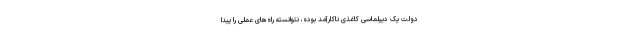
دولت یک دیپلماسی کاغذی ناکارآمد بوده، نتوانسته راه‌های عملی را پیدا